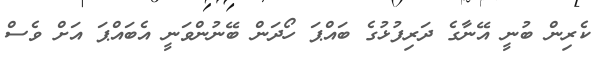
ކެރިން ބުނީ އޭނާގެ ދަރިފުޅުގެ ބައްޕަ ހޯދަން ބޭނުންވަނީ އެބައްޕަ އަށް ވެސް